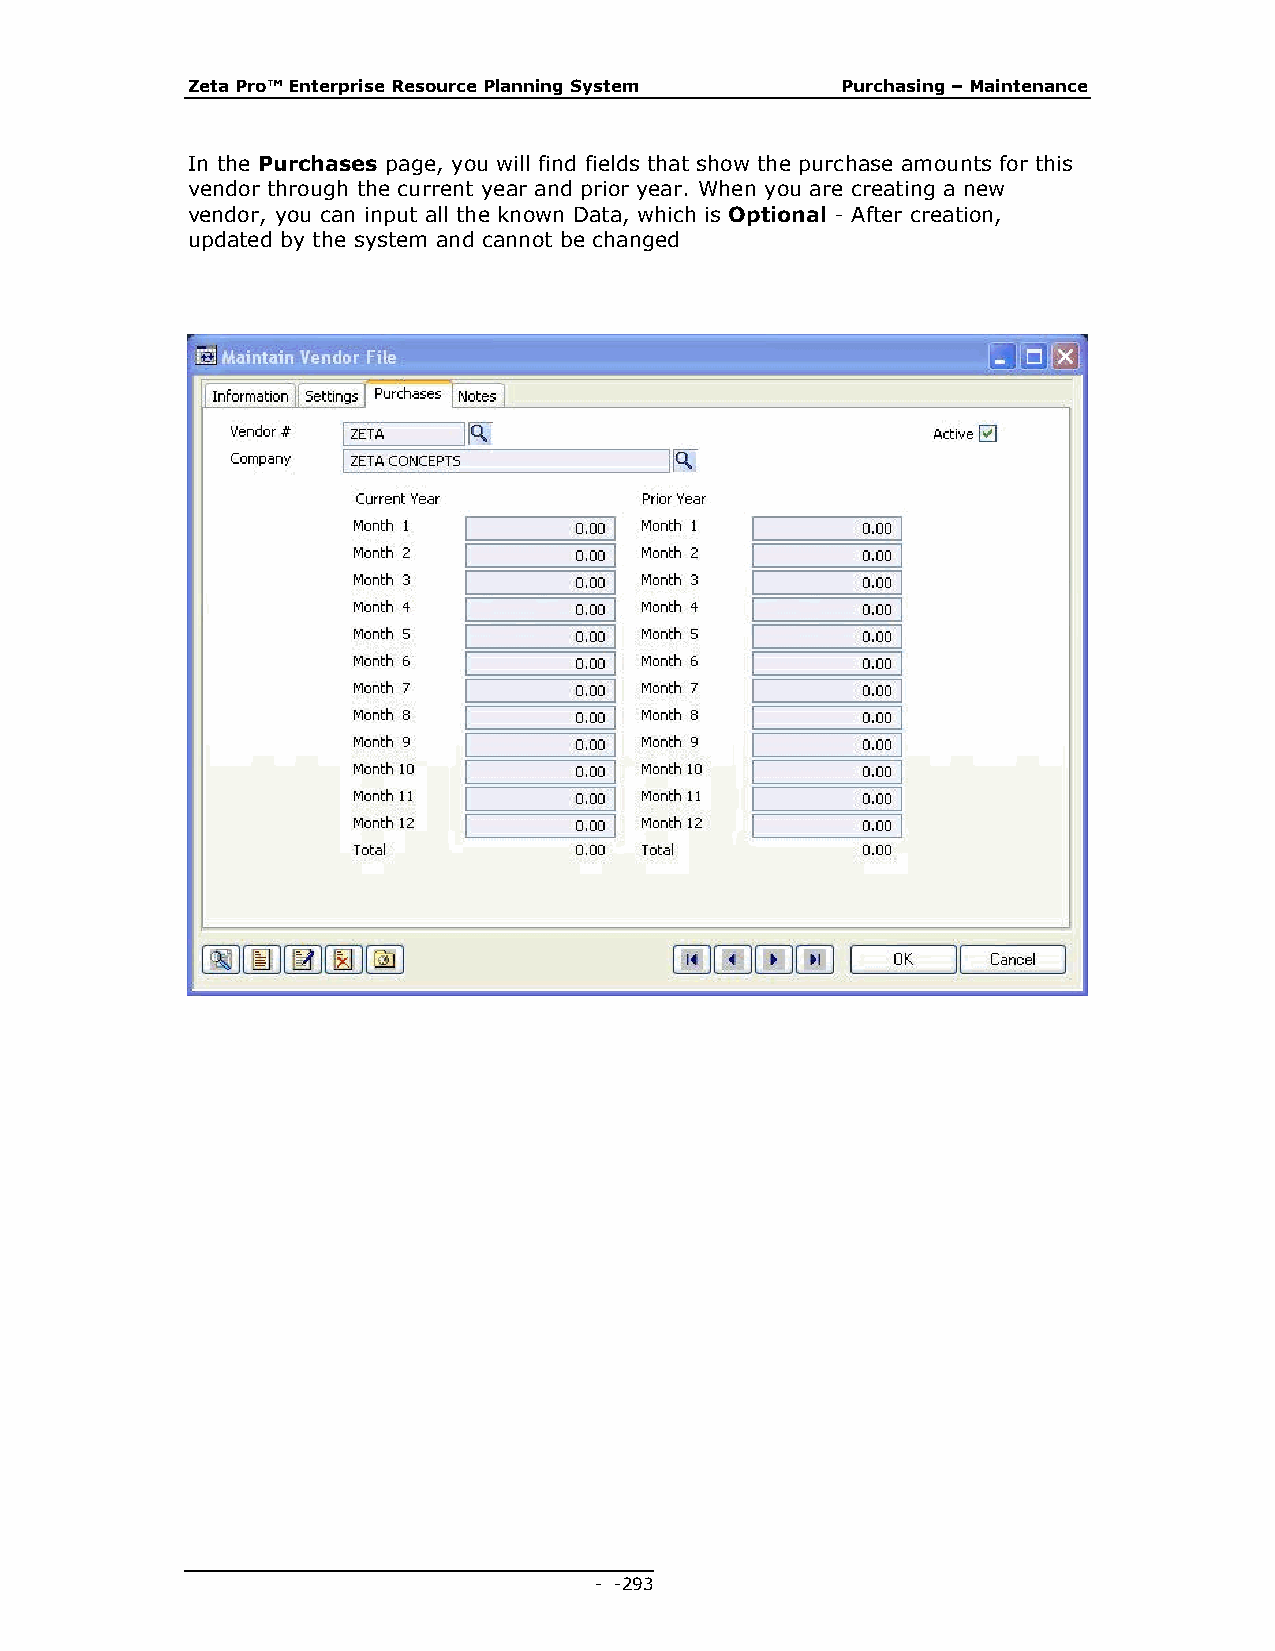
Zeta Pro™ Enterprise Resource Planning System Purchasing – Maintenance
 In the Purchases page, you will find fields that show the purchase amounts for this
 vendor through the current year and prior year. When you are creating a new
 vendor, you can input all the known Data, which is Optional - After creation,
 updated by the system and cannot be changed
 - - 293